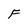
Character: F